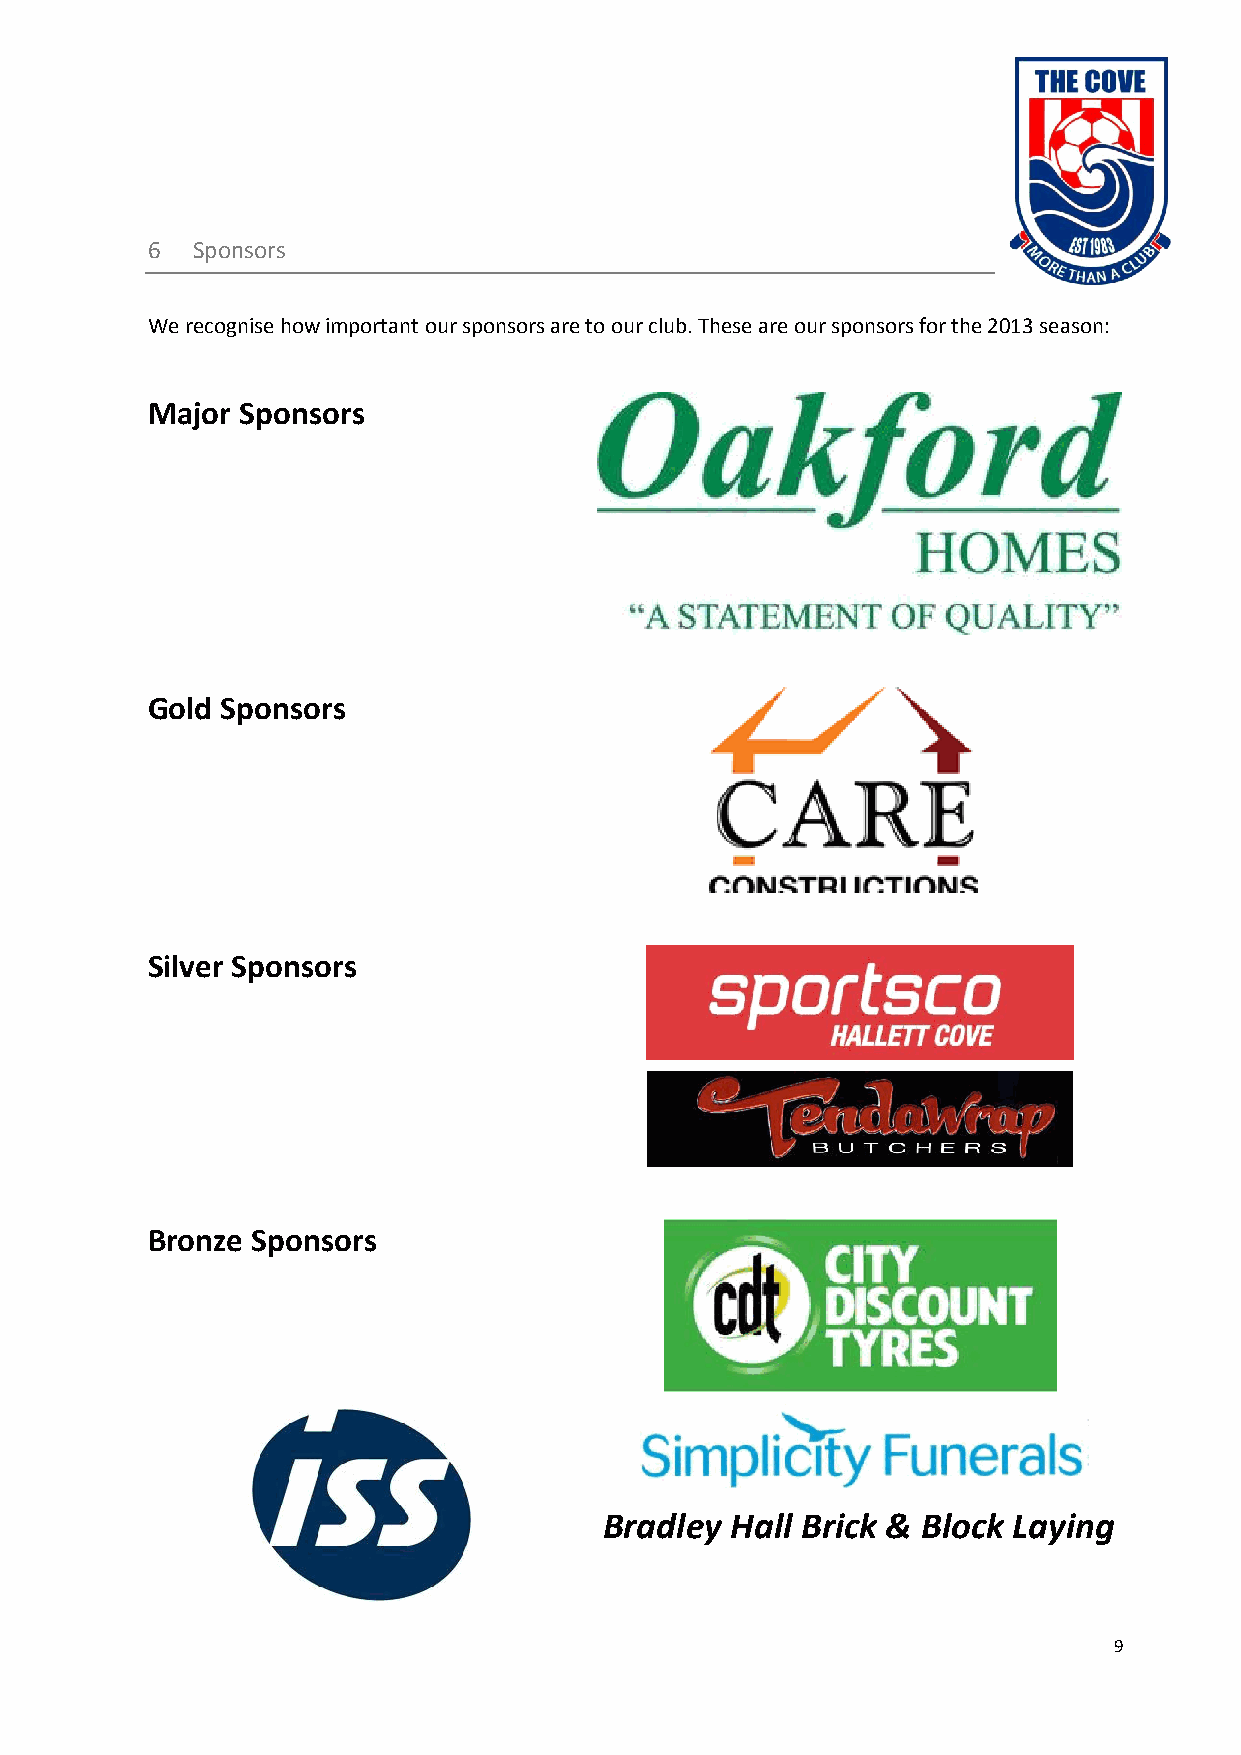
6  Sponsors
 We recognise how important our sponsors are to our club. These are our sponsors for the 2013 season:
 Major Sponsors
 Gold Sponsors
 Silver Sponsors
 Bronze Sponsors
 Bradley Hall Brick & Block Laying
 9